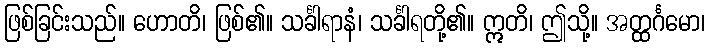
ဖြစ်ခြင်းသည်။ ဟောတိ၊ ဖြစ်၏။ သင်္ခါရာနံ၊ သင်္ခါရတို့၏။ ဣတိ၊ ဤသို့။ အတ္ထင်္ဂမော၊